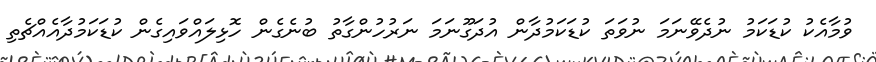
ވުމާއެކު ކުޑަކަމު ނުދެވޭނަމަ ނުވަތަ ކުޑަކަމުދާން އުދަގޫނަމަ ނަރުހުންގާތު ބުނެގެން ހޮޅިލައްވައިގެން ކުޑަކަމުދާއެއްޗެތި